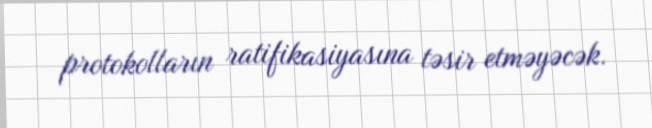
protokolların ratifikasiyasına təsir etməyəcək.